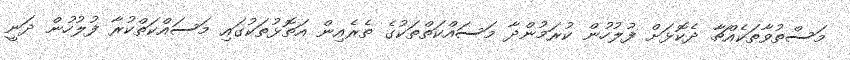
މަސްތުވާތަކެއްޗާ ދެކޮޅަށް ފުލުހުން ކުރަމުންދާ މަސައްކަތްތަކުގެ ތެރެއިން އަތޮޅުތަކުގައި މަސައްކަތްކުރާ ފުލުހުން ދަނީ